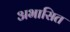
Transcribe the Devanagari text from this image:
अभासित